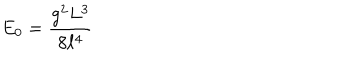
LaTeX: E _ { 0 } = \frac { g ^ { 2 } L ^ { 3 } } { 8 \ell ^ { 4 } }